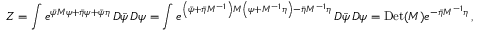
Z = \int e ^ { { \bar { \psi } } M \psi + { \bar { \eta } } \psi + { \bar { \psi } } \eta } \, D { \bar { \psi } } \, D \psi = \int e ^ { \left( { \bar { \psi } } + { \bar { \eta } } M ^ { - 1 } \right) M \left( \psi + M ^ { - 1 } \eta \right) - { \bar { \eta } } M ^ { - 1 } \eta } \, D { \bar { \psi } } \, D \psi = \mathrm { D e t } ( M ) e ^ { - { \bar { \eta } } M ^ { - 1 } \eta } \, ,